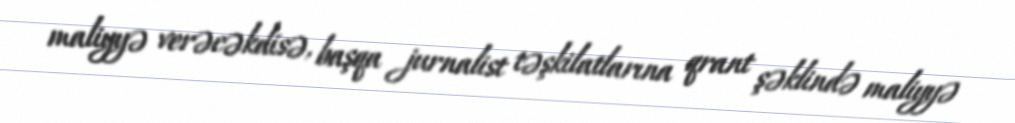
maliyyə verəcəkdisə, başqa jurnalist təşkilatlarına qrant şəklində maliyyə